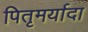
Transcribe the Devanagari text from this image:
पितृमर्यादा